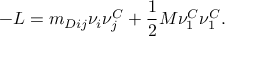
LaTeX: - { \cal L } = m _ { D i j } \nu _ { i } \nu _ { j } ^ { C } + \frac { 1 } { 2 } M \nu _ { 1 } ^ { C } \nu _ { 1 } ^ { C } .